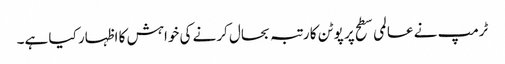
ٹرمپ نے عالمی سطح پر پوٹن کا رتبہ بحال کرنے کی خواہش کا اظہار کیا ہے۔